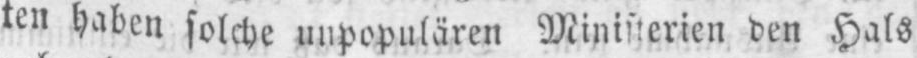
ten haben solche unpopulären Ministerien den Hals